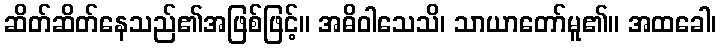
ဆိတ်ဆိတ်နေသည်၏အဖြစ်ဖြင့်။ အဓိဝါသေသိ၊ သာယာတော်မူ၏။ အထခေါ၊